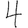
Digit: 4